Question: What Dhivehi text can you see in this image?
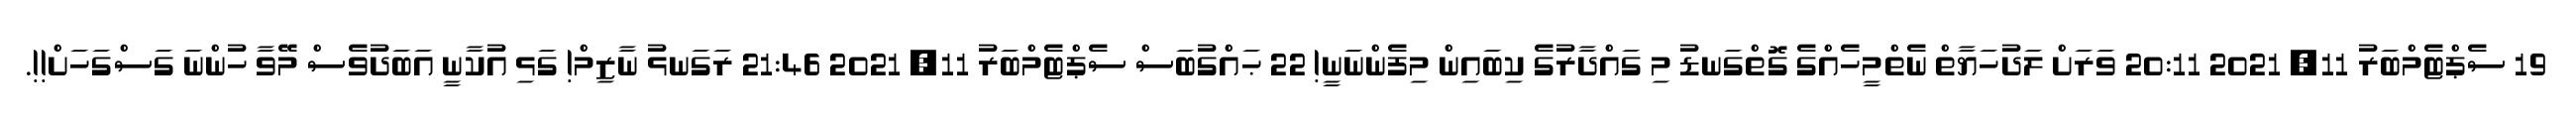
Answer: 19 ސެޕްޓެމްބަރު 11, 2021 20:11 ވަރަށް ލަދުހަޔާތް ނެތްމީހެއްގެ ގޮތްގަނޑު މި ގައްދާރުގެ ކިބައިން މިފެންނަނީ! 22 ޙައްގުބަސް ސެޕްޓެމްބަރު 11, 2021 21:46 ރަގަނޅު ނާޒިމް! ގަޅި އުކާނީ އަބަދުވެސް މޭވާ ހުންނަ ގަސްގަހަށް!!.